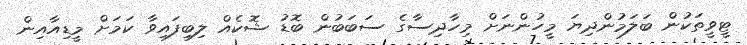
ޓީވީތަކުން ބަލަމުންދިޔަ މީހުންނަށް މިހާދިސާގެ ސަބަބުން ބޮޑު ޝޮކެއް ލިބިފައިވާ ކަމަށް މީޑިއާއިން